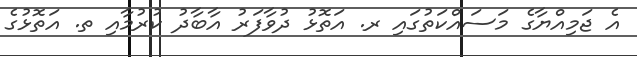
އެ ޖަމިއްޔާގެ މަސައްކަތުގައި ރ. އަތޮޅު ދުވާފަރު އާބާދު ކުރުމާއި ތ. އަތޮޅުގެ